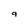
Character: 9